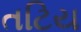
તટિય